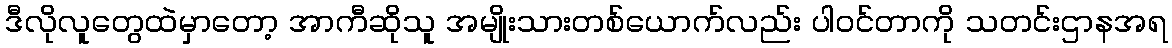
ဒီလိုလူတွေထဲမှာတော့ အာကီဆိုသူ အမျိုးသားတစ်ယောက်လည်း ပါဝင်တာကို သတင်းဌာနအရ